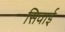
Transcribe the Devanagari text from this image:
सिवाई